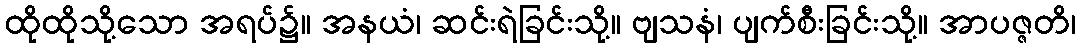
ထိုထိုသို့သော အရပ်၌။ အနယံ၊ ဆင်းရဲခြင်းသို့။ ဗျသနံ၊ ပျက်စီးခြင်းသို့။ အာပဇ္ဇတိ၊